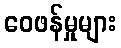
ဝေဖန်မှုများ